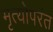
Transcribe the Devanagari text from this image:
मृत्योपरंत